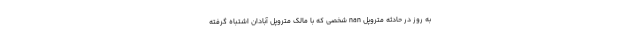
به روز در حادثه متروپل nan شخصی که با مالک متروپل آبادان اشتباه گرفته